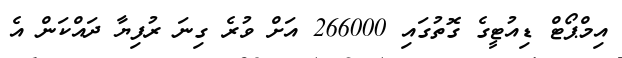
އިމްޕޯޓް ޑިއުޓީގެ ގޮތުގައި 266000 އަށް ވުރެ ގިނަ ރުފިޔާ ދައްކަން އެ